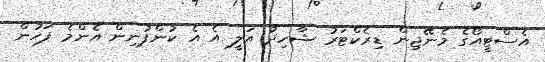
އެސްޓީއޯގެ މެނޭޖިން ޑިރެކްޓަރު ޝާހިދު އަލީ އެ އެ ކުންފުނިން އެންމެ ފަހުން